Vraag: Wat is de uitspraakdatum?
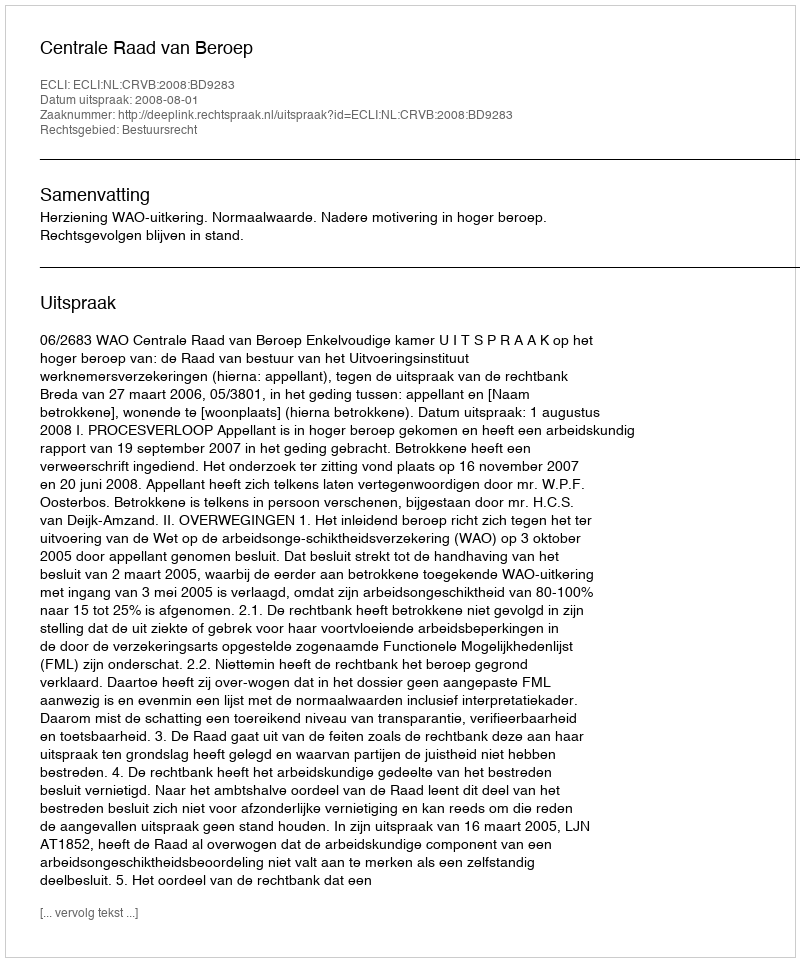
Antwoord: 2008-08-01